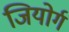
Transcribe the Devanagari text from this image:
जियोर्ग